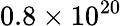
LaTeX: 0.8\times 10^{20}